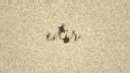
edir.